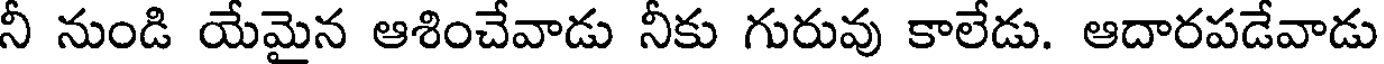
నీ నుండి యేమైన ఆశించేవాడు నీకు గురువు కాలేడు. ఆదారపడేవాడు